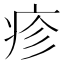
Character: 疹